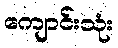
ကျောင်းသုံး